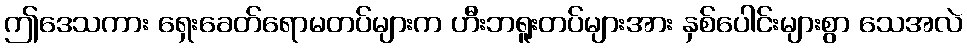
ဤဒေသကား ရှေးခေတ်ရောမတပ်များက ဟီးဘရူးတပ်များအား နှစ်ပေါင်းများစွာ သေအလဲ